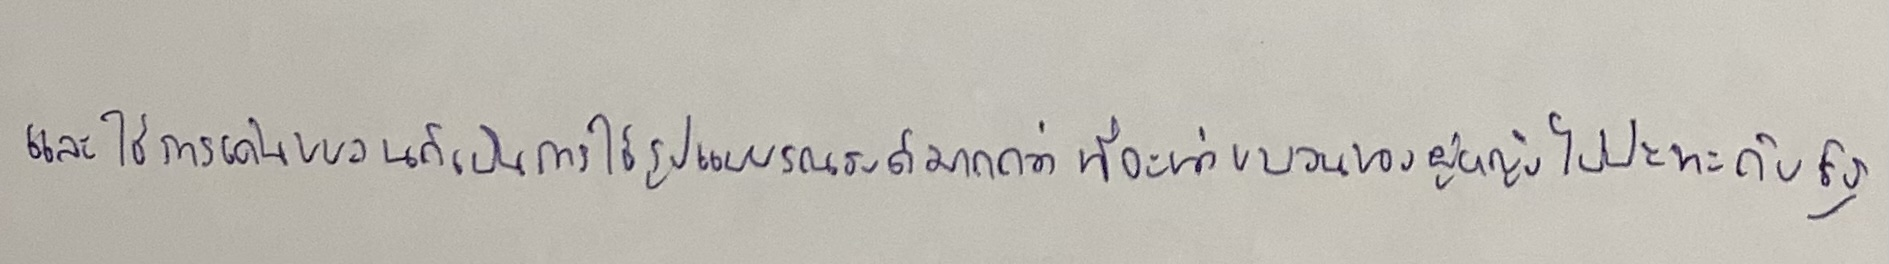
และใช้การเดินขบวนก็เป็นการใช้รูปแบบรณรงค์มากกว่าที่จะนำขบวนของผู้หญิงไปปะทะกับรัฐ